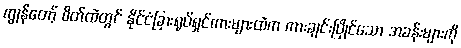
ကျွန်တော့် စိတ်ထဲတွင် နိုင်ငံခြားရုပ်ရှင်ကားများထဲက ကားချင်းပြိုင်သော အခန်းများကို